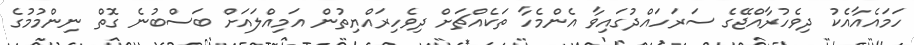
ހަމައެއާއެކު ދިވެހުރާއްޖޭގެ ސަރަހައްދުގައިވާ އެންމެހާ ތަކެއްޗަށް ދިވެހިރައްޔިތުން އަމިއްލައަށް ބަސްބުނެ ގޮތް ނިންމުމުގެ